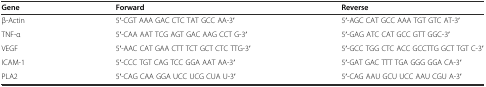
| Gene | Forward | Reverse |
 | --- | --- | --- |
 | β-Actin | 5′-CGT AAA GAC CTC TAT GCC AA-3′ | 5′-AGC CAT GCC AAA TGT GTC AT-3′ |
 | TNF-α | 5′-CAA AAT TCG AGT GAC AAG CCT G-3′ | 5′-GAG ATC CAT GCC GTT GGC-3′ |
 | VEGF | 5′-AAC CAT GAA CTT TCT GCT CTC TTG-3′ | 5′-GCC TGG CTC ACC GCCTTG GCT TGT C-3′ |
 | ICAM-1 | 5′-CCC TGT CAG TCC GGA AAT AA-3′ | 5′-GAT GAC TTT TGA GGG GGA CA-3′ |
 | PLA2 | 5′-CAG CAA GGA UCC UCG CUA U-3′ | 5′-CAG AAU GCU UCC AAU CGU A-3′ |